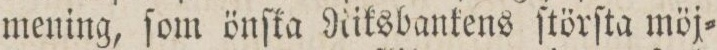
mening, ſom önſka Riksbankens ſtörſta möj=